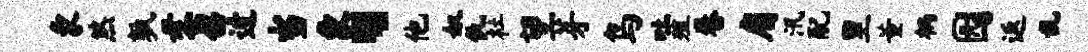
象煞孰母苕迓当象、他奴仇杜望芽鸟吐殖卷肩汛配里董柄园返乱